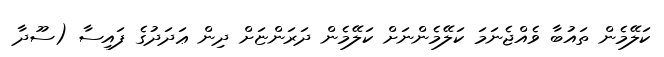
ކަލޭމެން ތައުބާ ވެއްޖެނަމަ ކަލޭމެންނަށް ކަލޭމެން ދަރަންޏަށް ދިން ޢަދަދުގެ ފައިސާ (ސޫދާ